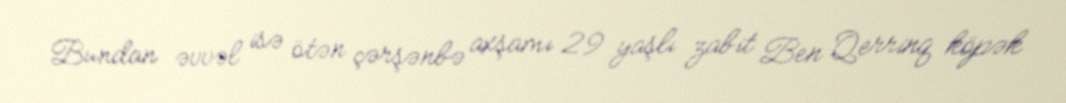
Bundan əvvəl isə ötən çərşənbə axşamı 29 yaşlı zabit Ben Qerrinq köpək